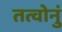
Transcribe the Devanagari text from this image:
तत्वोनुं